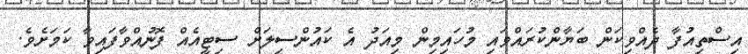
އިސްތިއުފާ ދެއްވިކަން ބަޔާންކުރައްވައި މުހައިމިން މިއަދު އެ ކައުންސިލަށް ސިޓީއެއް ފޮނުއްވާފައިވާ ކަމަށެވެ.